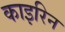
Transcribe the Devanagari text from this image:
काइरिन